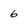
Character: 6